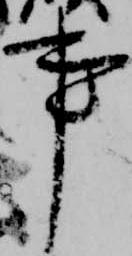
事